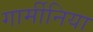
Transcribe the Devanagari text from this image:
गार्मीनिया